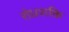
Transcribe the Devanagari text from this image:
रोधशक्ति